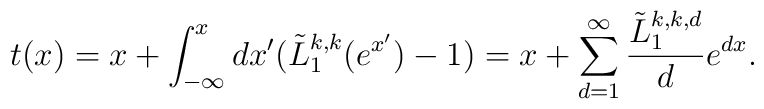
t(x)=x+\int_{-\infty}^{x}dx'({\tilde{L}^{k,k}_{1}(e^{x'})}-1)=x+\sum_{d=1}^{\infty}\frac{\tilde{L}^{k,k,d}_{1}}{d}e^{dx}.